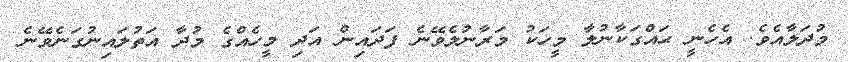
މުދަލާއެވެ. އެހެނީ ޙައްގަކާނުލާ މީހަކު މަރާނުލެވޭނެ ފަދައިން އަދި މީހެއްގެ މުދާ އަތުލައިނުގަނެވޭނެ